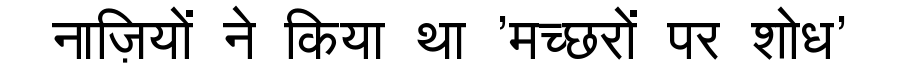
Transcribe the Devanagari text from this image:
नाज़ियों ने किया था 'मच्छरों पर शोध'